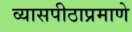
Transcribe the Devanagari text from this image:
व्यासपीठाप्रमाणे